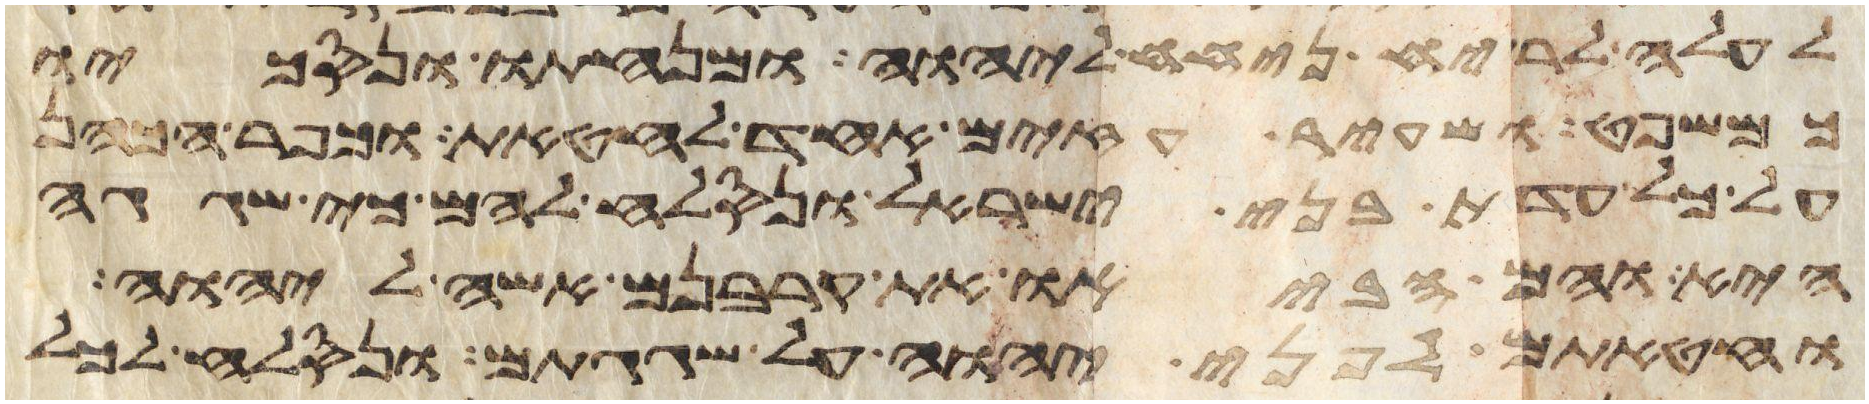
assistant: לעלה לריח ניחח ליהוה ומנחתו ונסכו
כמשפט ושעיר עזים אחד לחטאת וכפר הכהן
על כל עדת בני ישראל ונסלח להם כי שגגה
היא והם הביאו את קרבנם אשה ליהוה
וחטאתם לפני יהוה על שגגתם ונסלח לכל